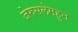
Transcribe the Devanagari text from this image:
जेरुसलेमहुन